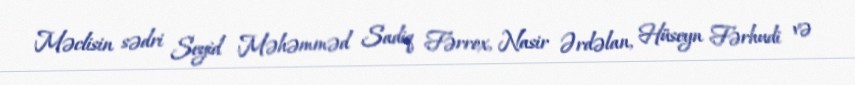
Məclisin sədri Seyid Məhəmməd Sadiq Fərrox, Nasir Ərdəlan, Hüseyn Fərhudi və